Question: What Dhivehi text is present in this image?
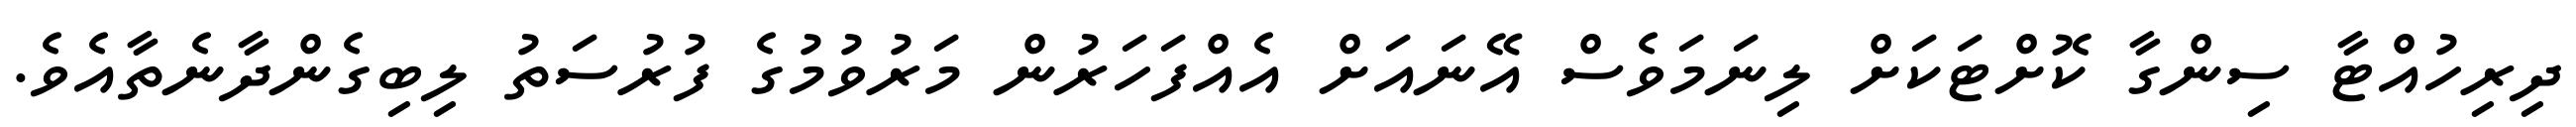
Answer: ދިރިހުއްޓާ ސިންގާ ކޮށްޓަކަށް ލިނަމަވެސް އޭނައަށް އެއްފަހަރުން މަރުވުމުގެ ފުރުސަތު ލިބިގެންދާނެތާއެވެ.